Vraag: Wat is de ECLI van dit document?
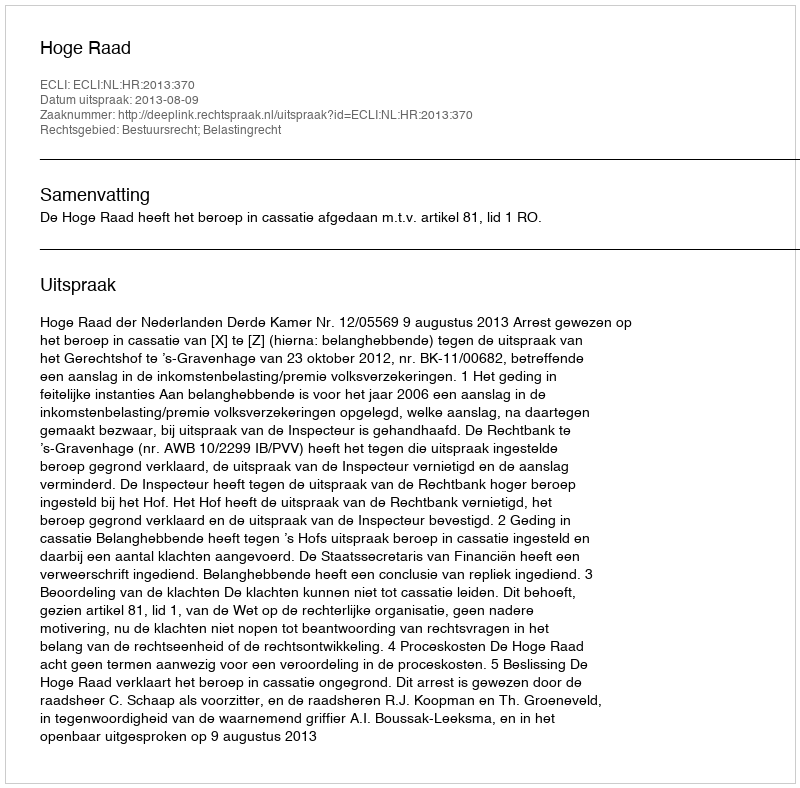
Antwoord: ECLI:NL:HR:2013:370